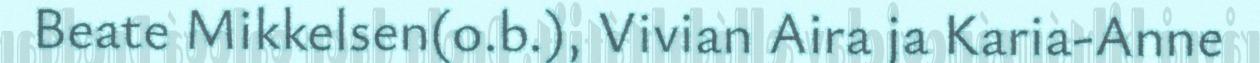
Beate Mikkelsen(o.b.), Vivian Aira ja Karia-Anne